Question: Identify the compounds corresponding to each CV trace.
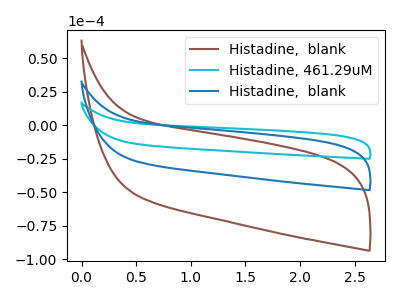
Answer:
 <answer>The brown curve is labeled "Histadine,  blank". The cyan curve is labeled "Histadine, 461.29uM". The blue curve is labeled "Histadine,  blank".</answer>
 <eval></eval>